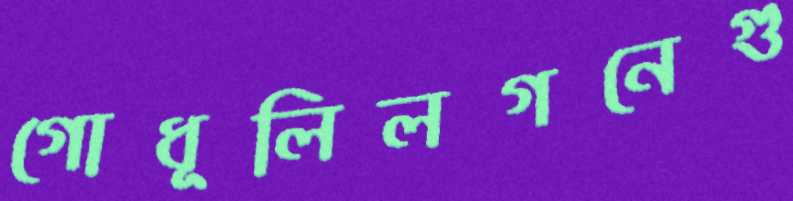
গোধূলিলগনেগু